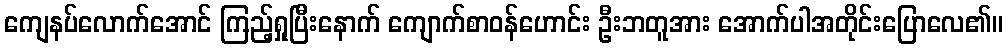
ကျေနပ်လောက်အောင် ကြည့်ရှုပြီးနောက် ကျောက်စာဝန်ဟောင်း ဦးဘတူအား အောက်ပါအတိုင်းပြောလေ၏။